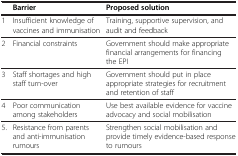
<table><thead><tr><td><b> </b></td><td><b>Barrier</b></td><td><b>Proposed solution</b></td></tr></thead><tbody><tr><td>1</td><td>Insufficient knowledge of vaccines and immunisation</td><td>Training, supportive supervision, and audit and feedback</td></tr><tr><td>2</td><td>Financial constraints</td><td>Government should make appropriate financial arrangements for financing the EPI</td></tr><tr><td>3</td><td>Staff shortages and high staff turn-over</td><td>Government should put in place appropriate strategies for recruitment and retention of staff</td></tr><tr><td>4</td><td>Poor communication among stakeholders</td><td>Use best available evidence for vaccine advocacy and social mobilisation</td></tr><tr><td>5.</td><td>Resistance from parents and anti-immunisation rumours</td><td>Strengthen social mobilisation and provide timely evidence-based response to rumours</td></tr></tbody></table>